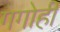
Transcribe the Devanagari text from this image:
गगोही